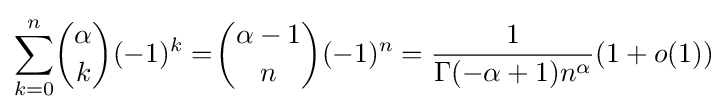
\sum _{k=0}^{n}\!{\alpha  \choose k}(-1)^{k}=\!{\alpha -1 \choose n}(-1)^{n}={\frac {1}{\Gamma (-\alpha +1)n^{\alpha }}}(1+o(1))